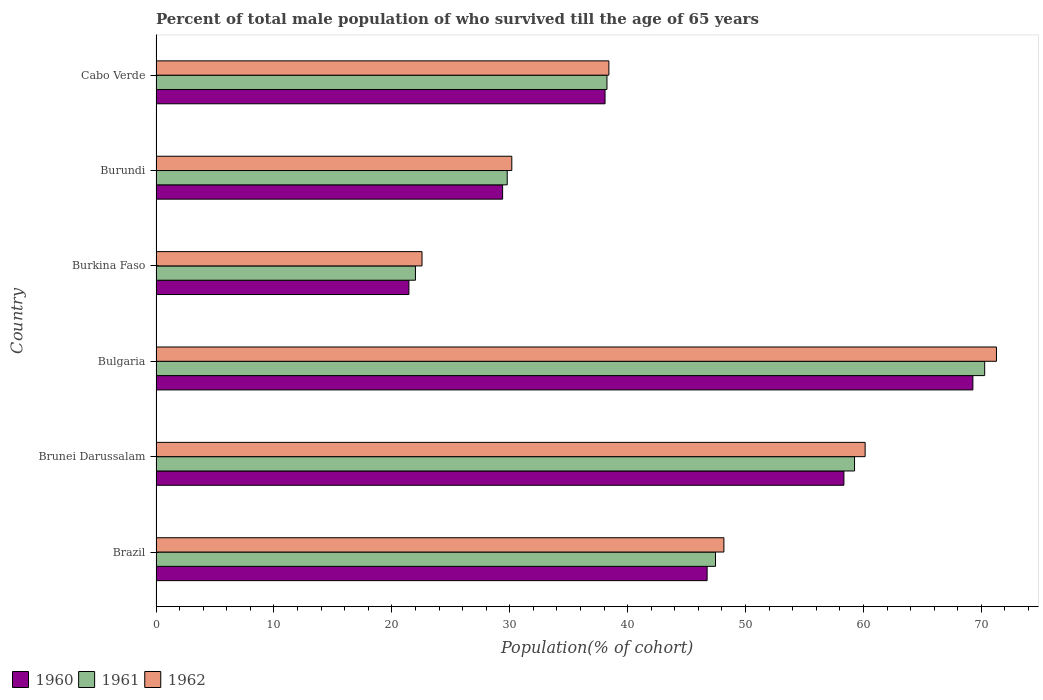
| Country | 1960 | 1961 | 1962 |
 | --- | --- | --- | --- |
 | Brazil | 46.7 | 47.5 | 48.2 |
 | Brunei Darussalam | 58.3 | 59.2 | 60.1 |
 | Bulgaria | 69.3 | 70.3 | 71.3 |
 | Burkina Faso | 21.4 | 22 | 22.6 |
 | Burundi | 29.4 | 29.8 | 30.2 |
 | Cabo Verde | 38.1 | 38.2 | 38.4 |